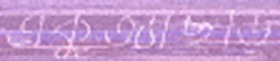
একুজ্যাছড়ি